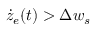
\dot { z } _ { e } ( t ) > \Delta w _ { s }